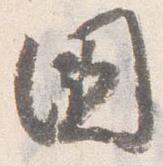
国